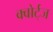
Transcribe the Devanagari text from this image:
क्वोर्ट्‌ज